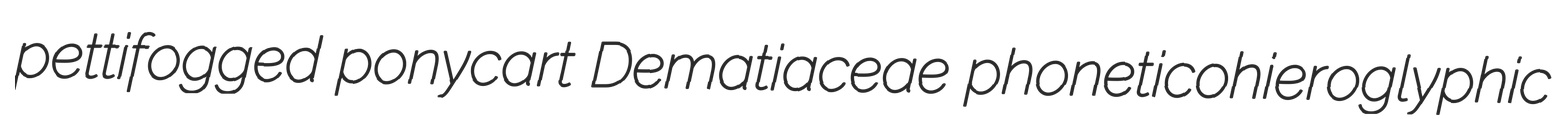
pettifogged ponycart Dematiaceae phoneticohieroglyphic